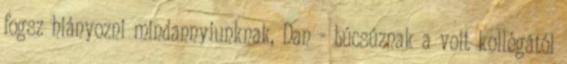
fogsz hiányozni mindannyiunknak, Dan - búcsúznak a volt kollégától